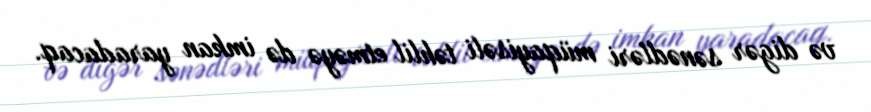
və digər sənədləri müqayisəli təhlil etməyə də imkan yaradacaq.